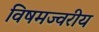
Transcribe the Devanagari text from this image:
विषमज्वरीय